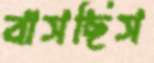
বাসছিস